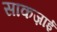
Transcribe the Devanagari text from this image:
साकज़ाई